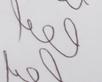
Signature authenticity: genuine